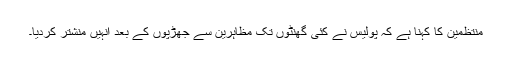
منتظمین کا کہنا ہے کہ پولیس نے کئی گھنٹوں تک مظاہرین سے جھڑپوں کے بعد انہیں منشتر کردیا۔